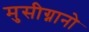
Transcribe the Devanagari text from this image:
मुसीग्नानो